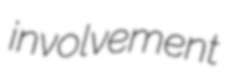
involvement